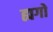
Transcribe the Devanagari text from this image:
ह्यगो